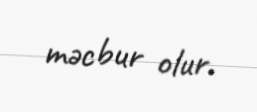
məcbur olur.